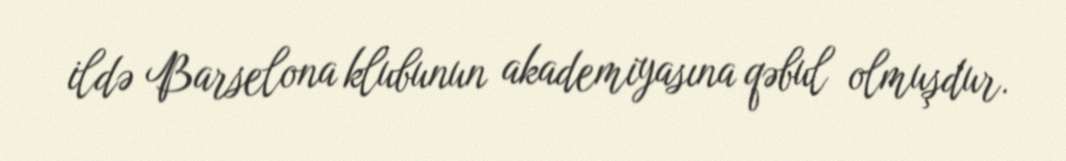
ildə Barselona klubunun akademiyasına qəbul olmuşdur.